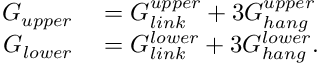
\begin{array} { r l } { G _ { u p p e r } } & { { } = G _ { l i n k } ^ { u p p e r } + 3 G _ { h a n g } ^ { u p p e r } } \\ { G _ { l o w e r } } & { { } = G _ { l i n k } ^ { l o w e r } + 3 G _ { h a n g } ^ { l o w e r } . } \end{array}